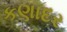
કણાદર